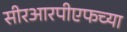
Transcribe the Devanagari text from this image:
सीरआरपीएफच्या